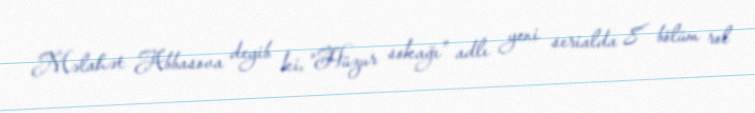
Məlahət Abbasova deyib ki, “Hüzur sokağı” adlı yeni serialda 8 bölüm rol